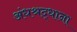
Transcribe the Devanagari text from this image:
अंधश्रद्धाना